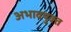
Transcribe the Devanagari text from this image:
अभावयुक्त